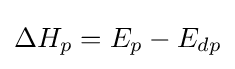
\Delta H_{p}=E_{p}-E_{dp}